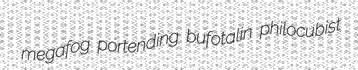
megafog portending bufotalin philocubist